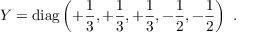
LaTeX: Y = \mathrm { d i a g } \left( + { \frac { 1 } { 3 } } , + { \frac { 1 } { 3 } } , + { \frac { 1 } { 3 } } , - { \frac { 1 } { 2 } } , - { \frac { 1 } { 2 } } \right) \ .